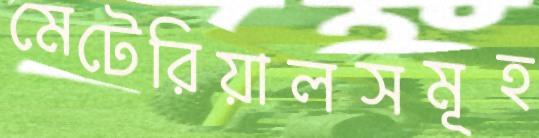
মেটেরিয়ালসমূহ